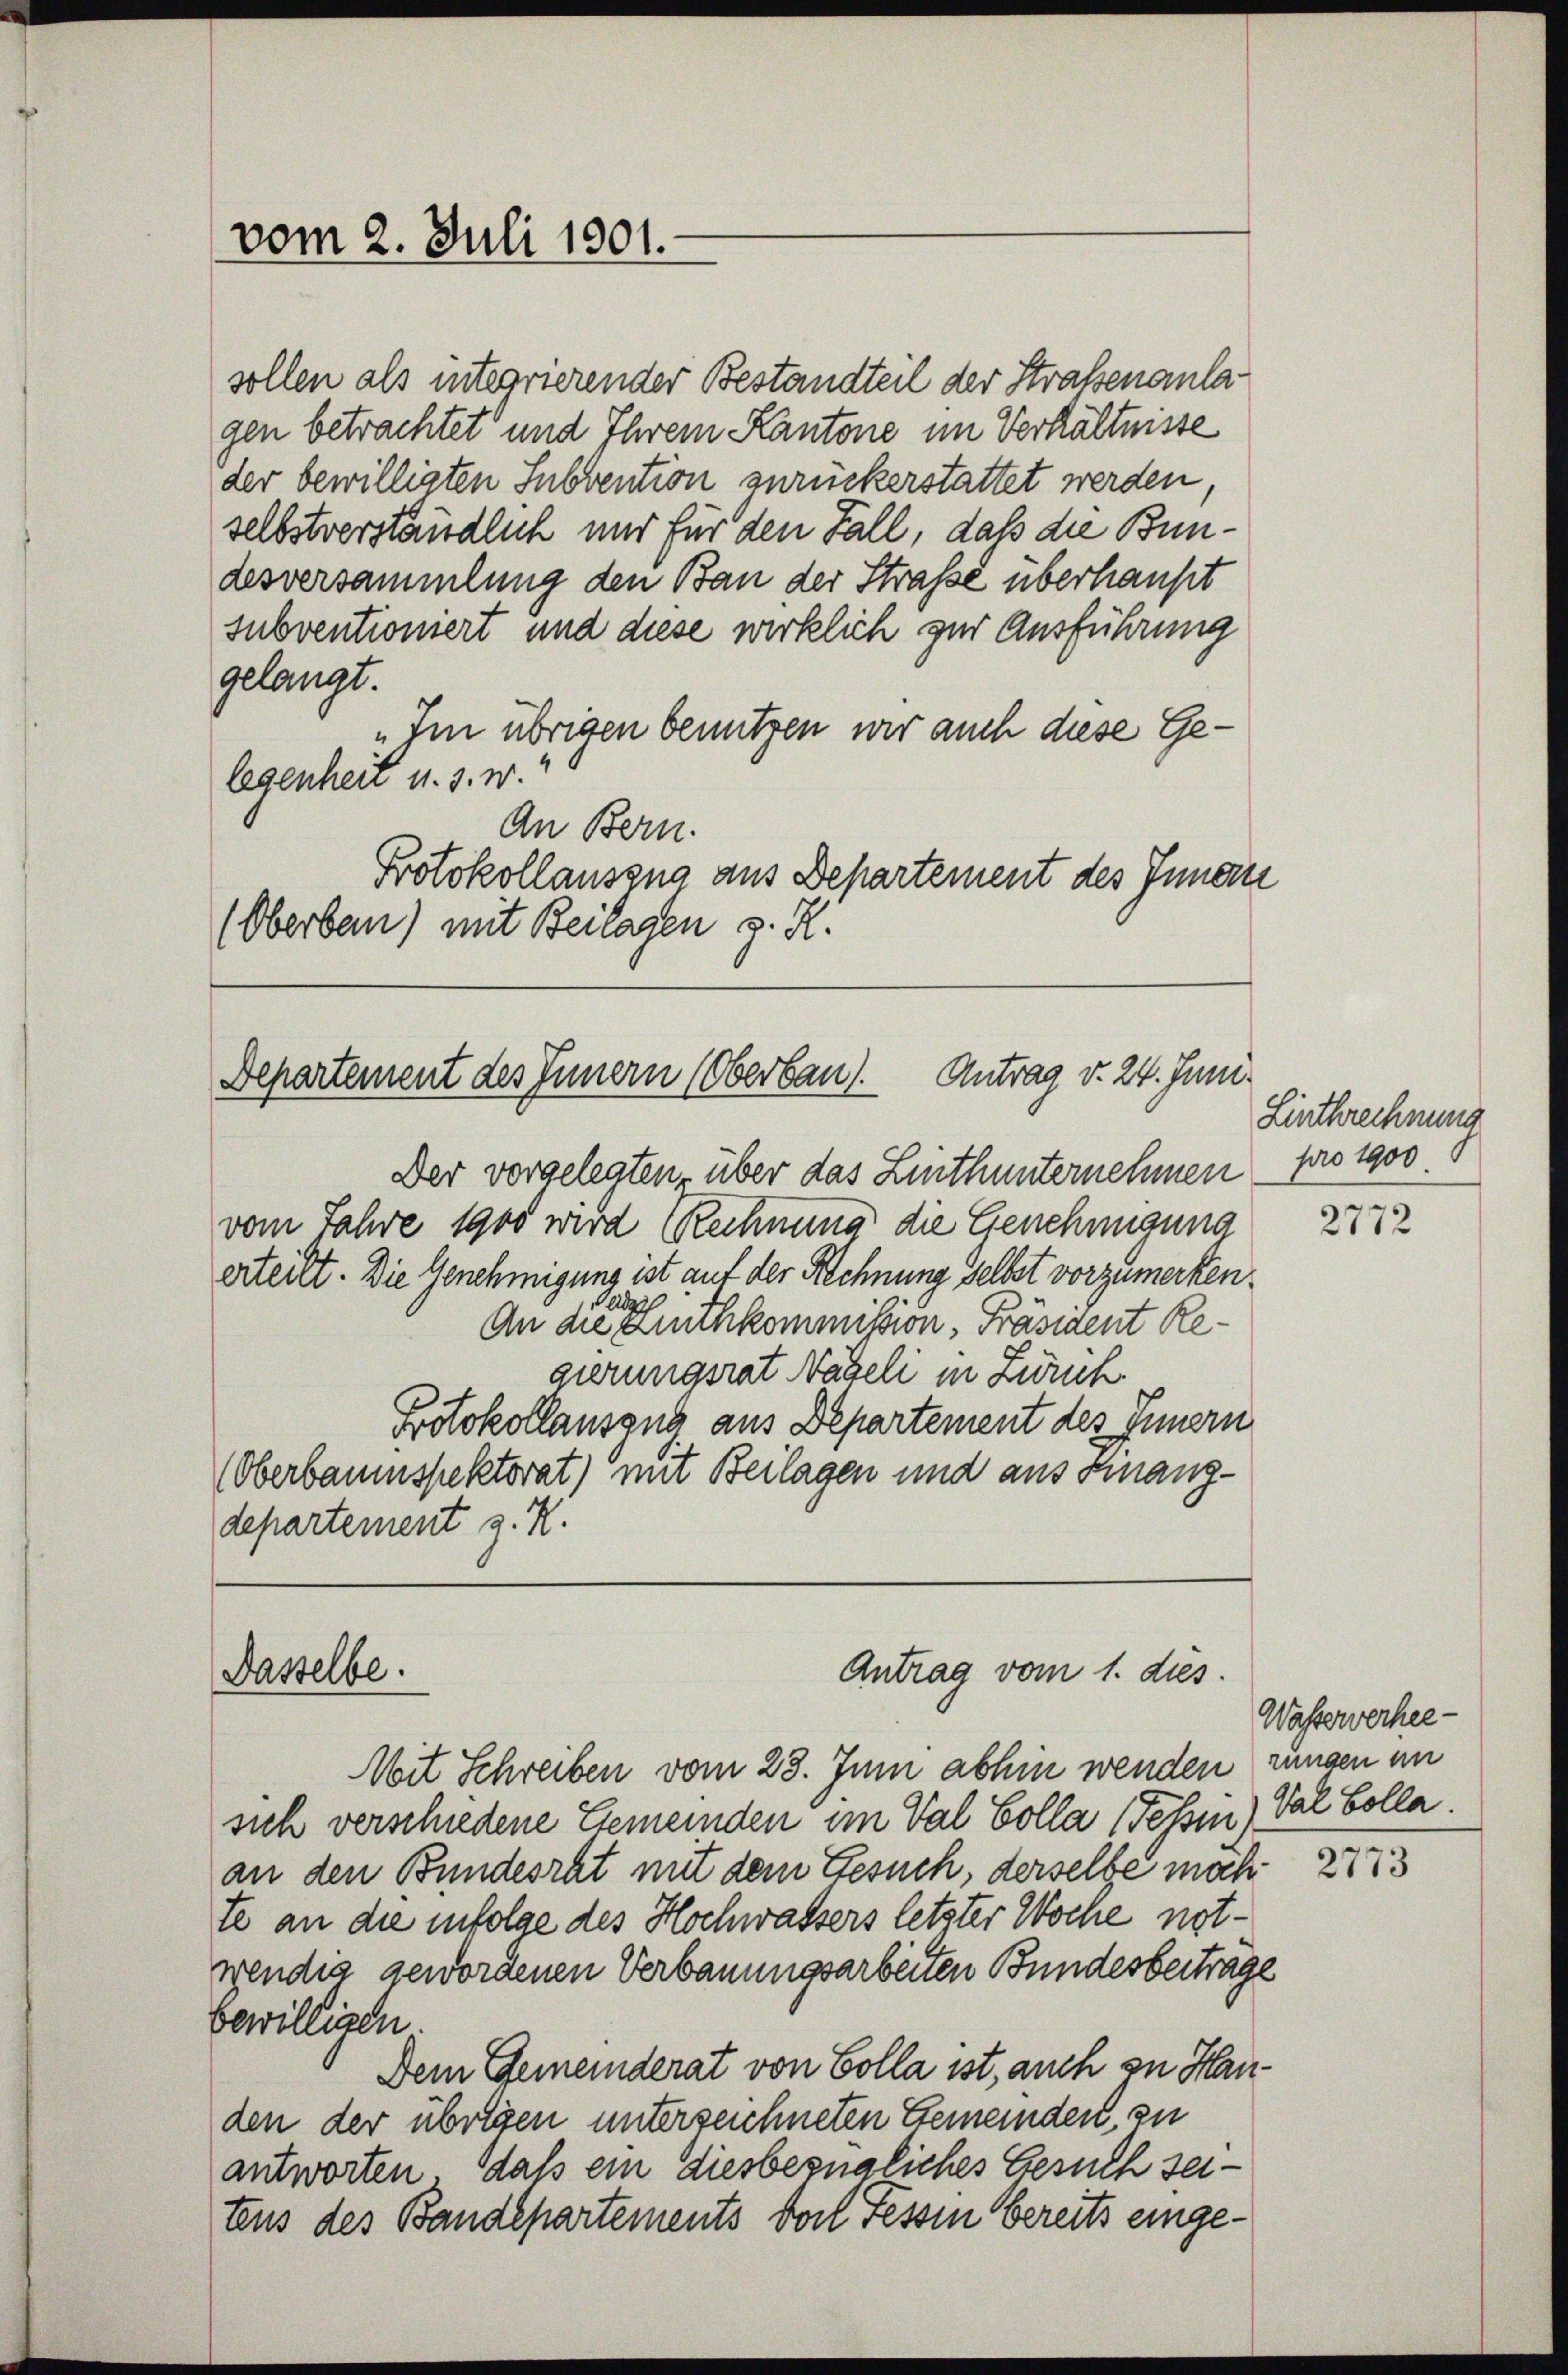
sollen als integrierender Bestandteil der Straßenanlagen betrachtet und Ihrem Kantone im Verhältnisse
der bewilligten Subvention zurückerstattet werden
selbstverständlich und für den Fall, daß die Bundesversammlung den Bau der Strasse überhaupt
subventioniert und diese wirklich zur Ausführung
gelangt.
„Im übrigen benutzen wir auch diese Gelegenheit u. s. w.
An Bern.
Protokollauszug aus Departement des Innern
(Oberbau) mit Beilagen z. R.

vom 2. Juli 1901.

Departement des Innern (Oberbau). Antrag v. 24. Juni.

Der vorgelegten über das Linthunternehmen
vom Jahre 1900 wird Rechnung die Genehmigung
erteilt. Die Genehmigung ist auf der Rechnung selbst vorzumerkenda
An die Linthkommission, Präsident Regierungsrat Nägeli in Zürch.
Protokollauszug aus Departement des Innern
(Oberbaumspektorat) mit Beilagen und aus Finanzdepartement z. R.

Dasselbe.

Antrag vom 1. dies

Mit Schreiben vom 28. Juni abhin wenden jungen im
sich verschiedene Gemeinden im Val Colla (Tehin) Val Colla.
an den Bundesrat mit dem Gesuch, derselbe möch
te an die infolge des Hochwassers letzter Woche notwendig gewordenen Verbauungsarbeiten Bundesbeitrage
bewilligen.
Dem Gemeinderat von Colla ist, auch zu Handen der übrigen unterzeichneten Gemeinden, zu
antworten. Daß ein diesbezügliches Gesuch seitens des Bandepartements doch Fessen Bereits einge¬

Linthrechnung
pro 1900.

2772

Wasserverhee¬

2773